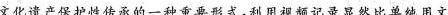
文化遗产保护性传承的一种重要形式，利用视频记录显然比单纯用文